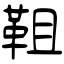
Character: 靻